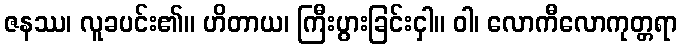
ဇနဿ၊ လူခပင်း၏။ ဟိတာယ၊ ကြီးပွားခြင်းငှါ။ ဝါ၊ လောကီလောကုတ္တရာ